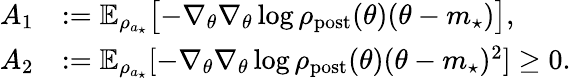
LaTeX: \begin{array}{rl}{A_{1}}&{:=\mathbb{E}_{\rho_{a_{\star}}}\bigl[-\nabla_{\theta}\nabla_{\theta}\log\rho_{\mathrm{post}}(\theta)(\theta-m_{\star})\bigr],}\\ {A_{2}}&{:=\mathbb{E}_{\rho_{a_{\star}}}[-\nabla_{\theta}\nabla_{\theta}\log\rho_{\mathrm{post}}(\theta)(\theta-m_{\star})^{2}]\geq 0.}\end{array}